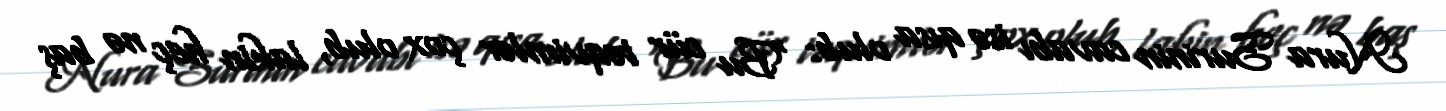
Nura Surinin cavabı isə qısa olub: “Bu cür təqvimlər çox olub, lakin heç nə baş